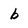
Character: b